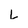
Character: L